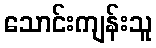
သောင်းကျန်းသူ